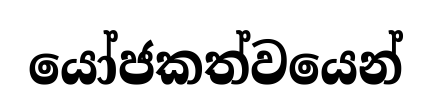
යෝජකත්වයෙන්